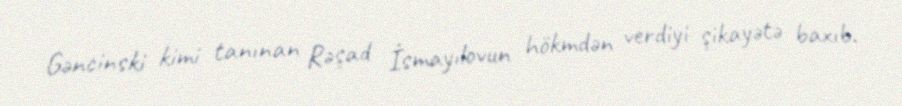
Gəncinski kimi tanınan Rəşad İsmayılovun hökmdən verdiyi şikayətə baxıb.